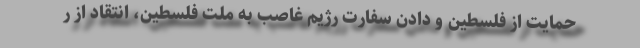
حمایت از فلسطین و دادن سفارت رژیم غاصب به ملت فلسطین، انتقاد از ر